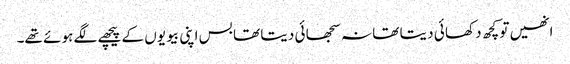
انھیں تو کچھ د کھا ئی د یتا تھا نہ سجھا ئی د یتا تھا بس اپنی بیو یوں کے پیچھے لگے ہو ئے تھے۔